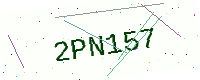
Text: 2PN157